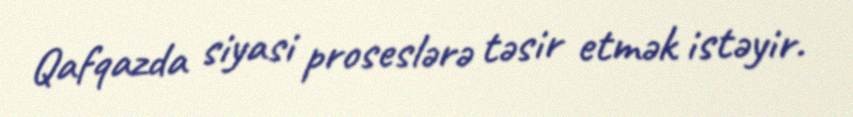
Qafqazda siyasi proseslərə təsir etmək istəyir.